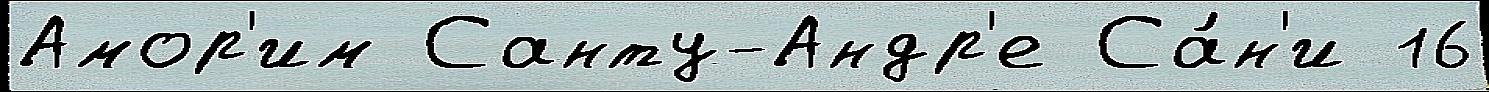
Амор'им Санту-Андр'е Са́н'и 16